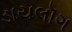
ડાયલૉગ